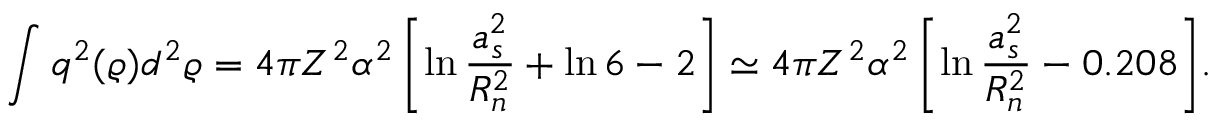
\displaystyle { \int _ { } ^ { } q ^ { 2 } ( \varrho ) d ^ { 2 } \varrho = 4 \pi Z ^ { 2 } \alpha ^ { 2 } \left[ \ln \frac { a _ { s } ^ { 2 } } { R _ { n } ^ { 2 } } + \ln 6 - 2 \right] \simeq 4 \pi Z ^ { 2 } \alpha ^ { 2 } \left[ \ln \frac { a _ { s } ^ { 2 } } { R _ { n } ^ { 2 } } - 0 . 2 0 8 \right] } .